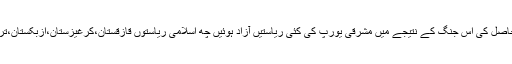
دنیا نے افغانوں کے خون کی وجہ سے سفید ریچھ سے نجات حاصل کی اس جنگ کے نتیجے میں مشرقی یورپ کی کئی ریاستیں آزاد ہوئیں چھ اسلامی ریاستوں قازقستان،کرغیزستان،اُزبکستان،ترکمانستان، آزربائیجان ، اور تاجکستان کی شکل میں آزاد ہوئیں ۔